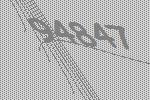
94847